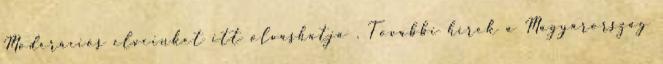
Moderációs elveinket itt olvashatja . További hírek a Magyarország